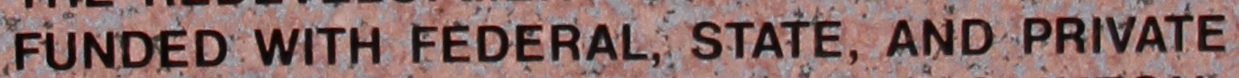
FUNDED WITH FEDERAL, STATE, AND PRIVATE